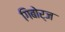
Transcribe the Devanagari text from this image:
गिबोर्ज